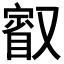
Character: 𭆷